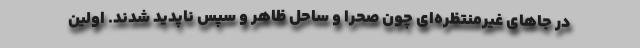
در جاهای غیرمنتظره‌ای چون صحرا و ساحل ظاهر و سپس ناپدید شدند. اولین